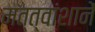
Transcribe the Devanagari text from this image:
मत्त्वांशानें